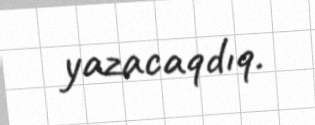
yazacaqdıq.